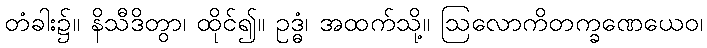
တံခါး၌။ နိသီဒိတွာ၊ ထိုင်၍။ ဥဒ္ဓံ၊ အထက်သို့။ ဩလောကိတက္ခဏေယေဝ၊